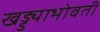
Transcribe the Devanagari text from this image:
खड्ड्याभोवती